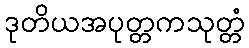
ဒုတိယအပုတ္တကသုတ္တံ